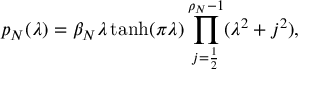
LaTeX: p _ { N } ( \lambda ) = \beta _ { N } \lambda \operatorname { t a n h } ( \pi \lambda ) \prod _ { j = \frac 1 2 } ^ { \rho _ { N } - 1 } ( \lambda ^ { 2 } + j ^ { 2 } ) ,